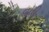
વતી